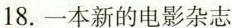
18.一本新的电影杂志